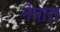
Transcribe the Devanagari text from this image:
नेत्रात